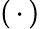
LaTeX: (\, \cdot\, )